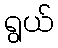
ရွယ်